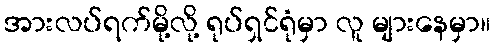
အားလပ်ရက်မို့လို့ ရုပ်ရှင်ရုံမှာ လူ များနေမှာ။